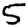
Digit: 5